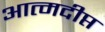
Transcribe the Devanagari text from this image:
आत्मदीप्त